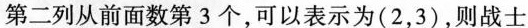
第二列从前面数第3个，可以表示为(2，3)，则战士